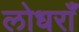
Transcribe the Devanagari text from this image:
लोधराँ